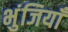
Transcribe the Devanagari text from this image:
भुंजियाँ